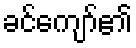
ခင်ကျော်၏